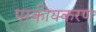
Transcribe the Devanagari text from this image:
परकीयकरण